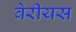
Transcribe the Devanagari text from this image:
वेरीयस